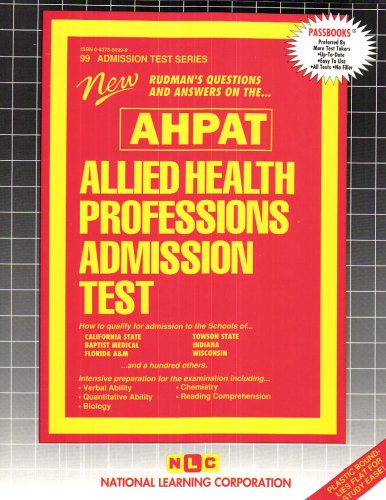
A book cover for Allied Health Professions Admission Test ( AHPAT) (Admission Test Ser); Passbooks; Education & Teaching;